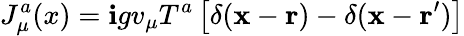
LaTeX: J_{\mu}^{a}(x)=\mathbf{i}gv_{\mu}T^{a}\left[\delta({\mathbf{x}}-{\mathbf{r}})-\delta({\mathbf{x}}-{\mathbf{r}}^{\prime})\right]